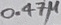
Text: 0.47µ